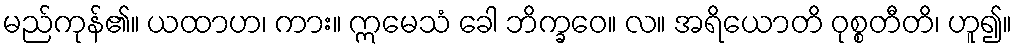
မည်ကုန်၏။ ယထာဟ၊ ကား။ ဣမေသံ ခေါ ဘိက္ခဝေ။ လ။ အရိယောတိ ဝုစ္စတီတိ၊ ဟူ၍။